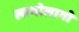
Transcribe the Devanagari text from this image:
लागोलागो